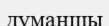
думаншы